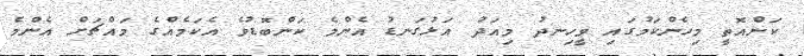
ކަންއޮތީ މިހެންކަމުގައި ވީހިނދު މިއަދު އަޅުގަނޑު އެންމެ ކަންބޮޑުވެ އެކަމެއްގެ މައްޗަށް އެންމެ